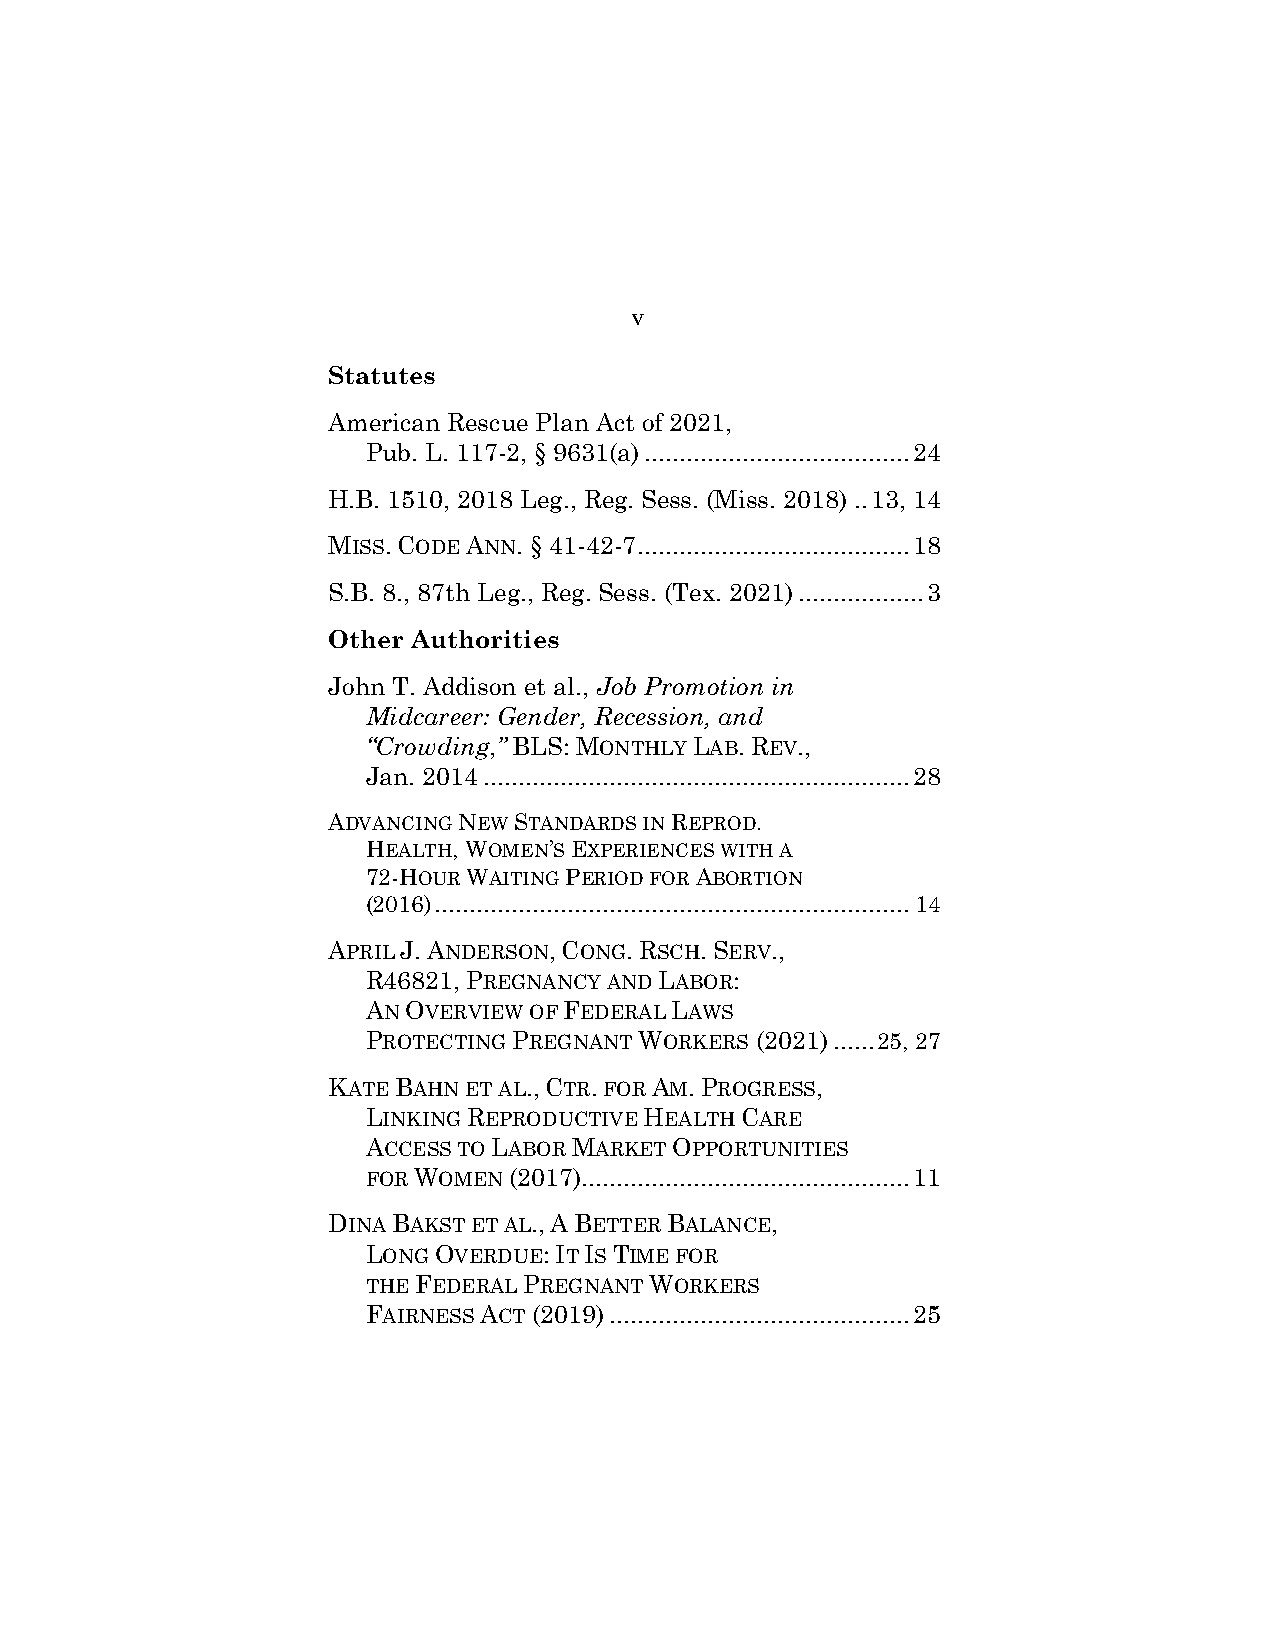
v
 Statutes
 American Rescue Plan Act of 2021,
 Pub. L. 117-2, § 9631(a) ...................................... 24
 H.B. 1510, 2018 Leg., Reg. Sess. (Miss. 2018) .. 13, 14
 MISS. CODE ANN. § 41-42-7 ....................................... 18
 S.B. 8., 87th Leg., Reg. Sess. (Tex. 2021) .................. 3
 Other Authorities
 John T. Addison et al., Job Promotion in
 Midcareer: Gender, Recession, and
 “Crowding,” BLS: MONTHLY LAB. REV.,
 Jan. 2014 ............................................................. 28
 ADVANCING NEW STANDARDS IN REPROD.
 HEALTH, WOMEN’S EXPERIENCES WITH A
 72-HOUR WAITING PERIOD FOR ABORTION
 (2016) .................................................................... 14
 APRIL J. ANDERSON, CONG. RSCH. SERV.,
 R46821, PREGNANCY AND LABOR:
 AN OVERVIEW OF FEDERAL LAWS
 PROTECTING PREGNANT WORKERS (2021) ...... 25, 27
 KATE BAHN ET AL., CTR. FOR AM. PROGRESS,
 LINKING REPRODUCTIVE HEALTH CARE
 ACCESS TO LABOR MARKET OPPORTUNITIES
 FOR WOMEN (2017) ............................................... 11
 DINA BAKST ET AL., A BETTER BALANCE,
 LONG OVERDUE: IT IS TIME FOR
 THE FEDERAL PREGNANT WORKERS
 FAIRNESS ACT (2019) ........................................... 25